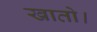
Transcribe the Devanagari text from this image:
खातो।